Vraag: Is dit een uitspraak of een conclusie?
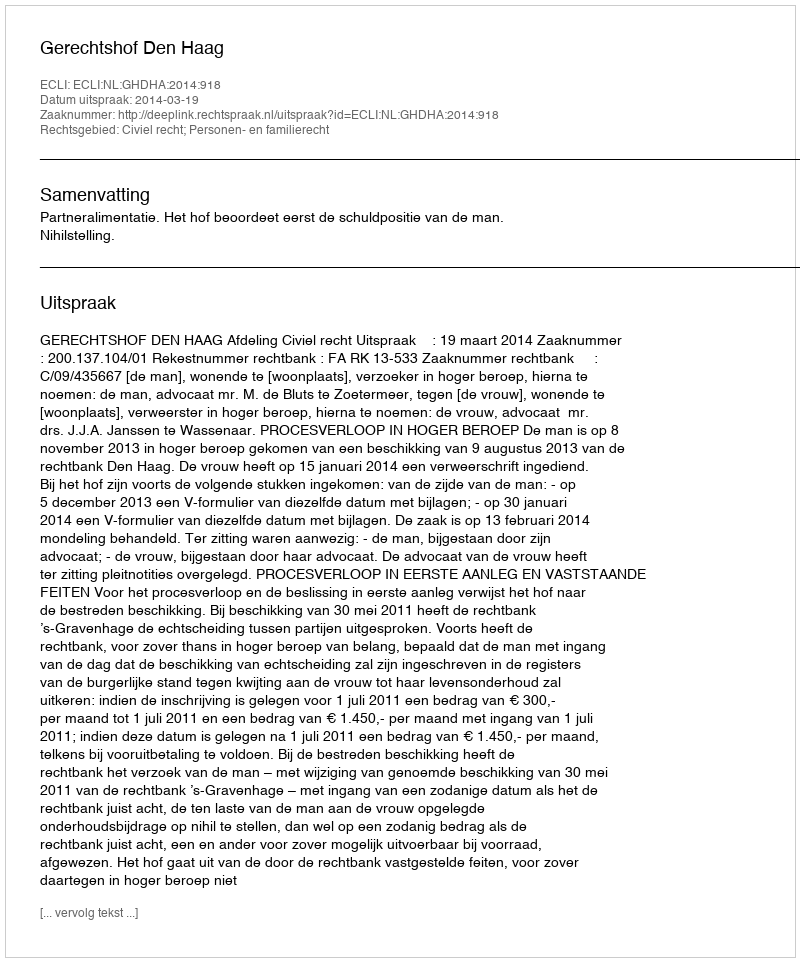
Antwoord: Uitspraak